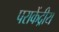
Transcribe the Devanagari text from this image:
पराकेंद्रीय